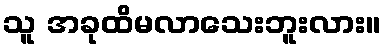
သူ အခုထိမလာသေးဘူးလား။